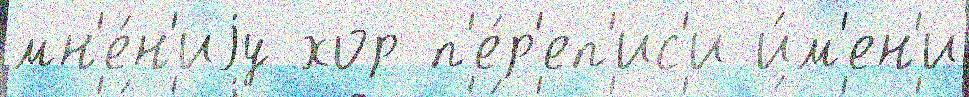
мн'е́н'иjу хор п'е́р'еп'ис'и и́м'ен'и